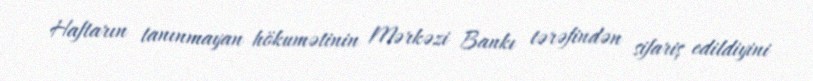
Haftarın tanınmayan hökumətinin Mərkəzi Bankı tərəfindən sifariş edildiyini